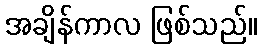
အချိန်ကာလ ဖြစ်သည်။